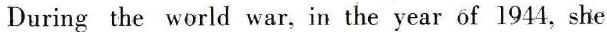
During the world war, in the year of 1944, she